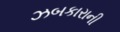
ઝબકારાની